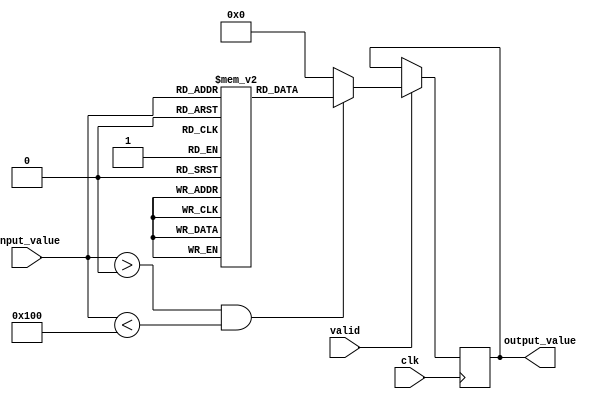
module LUT_Reciprocal (
    input wire [7:0] input_value,  // 8-bit fixed-point input
    input wire clk,                 // Clock signal
    input wire valid,               // Valid signal for input
    output reg [15:0] output_value  // 16-bit output for reciprocal
);

    // LUT: Precomputed reciprocal values (example values)
    reg [15:0] LUT [0:255]; // 256 entries for 8-bit input

    initial begin
        // Initialize LUT with example reciprocal values
        // Note: This should be filled with actual reciprocal values
        LUT[1] = 16'h4000; // 1.0
        LUT[2] = 16'h2000; // 0.5
        // Fill with more reciprocal values as needed...
        LUT[3] = 16'h1555; // ~0.3333
        LUT[4] = 16'h1000; // 0.25
        // Add further initialization up to LUT[255]
    end

    // Address generation and lookup logic
    always @(posedge clk) begin
        if (valid) begin
            if (input_value > 0 && input_value < 256) begin
                output_value <= LUT[input_value]; // Fetch reciprocal from LUT
            end else begin
                output_value <= 16'h0000; // Return 0 for invalid input (0 or negative)
            end
        end
    end

endmodule